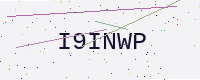
Text: I9INWP